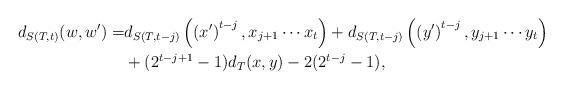
LaTeX: \begin{align*}d_{S(T,t)}(w,w')=&d_{S(T,t-j)}\left(\left(x'\right)^{t-j},x_{j+1}\cdots x_t\right)+d_{S(T,t-j)}\left(\left(y'\right)^{t-j},y_{j+1}\cdots y_t \right)\\&+(2^{t-j+1}-1)d_T(x,y)-2(2^{t-j}-1),\end{align*}